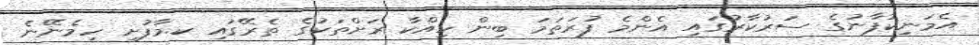
އެމަނިކުފާނުގެ ސަރުކާރުގައި އެންމެ ފުރަތަމަ ބިން ހިއްކާ ރަށްތަކުގެ ތެރޭގައި ކ.މާފުށި ހިމެނޭނެ